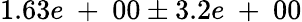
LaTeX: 1.63e\mathrm{~+~}00\pm 3.2e\mathrm{~+~}00